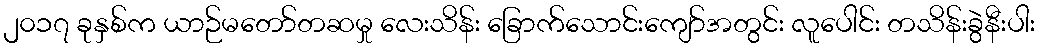
၂၀၁၇ ခုနှစ်က ယာဉ်မတော်တဆမှု လေးသိန်း ခြောက်သောင်းကျော်အတွင်း လူပေါင်း တသိန်းခွဲနီးပါး